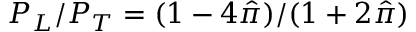
P _ { L } / P _ { T } = ( 1 - 4 \hat { \pi } ) / ( 1 + 2 \hat { \pi } )